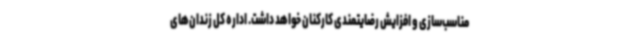
مناسب‌سازی و افزایش رضایتمندی کارکنان خواهد داشت. اداره کل زندان‌های